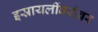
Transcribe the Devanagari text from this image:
इस्रायलींबरोबर